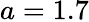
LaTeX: a=1.7